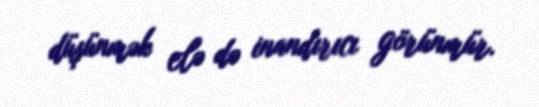
düşünmək elə də inandırıcı görünmür.